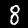
Label: 8